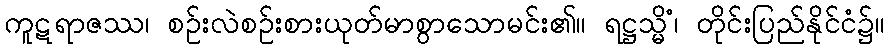
ကူဋရာဇဿ၊ စဉ်းလဲစဉ်းစားယုတ်မာစွာသောမင်း၏။ ရဋ္ဌသ္မိံ၊ တိုင်းပြည်နိုင်ငံ၌။